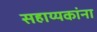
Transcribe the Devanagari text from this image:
सहाय्यकांना